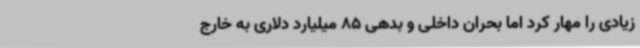
زیادی را مهار کرد اما بحران داخلی و بدهی 85 میلیارد دلاری به خارج